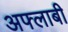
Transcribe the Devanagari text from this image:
अफ्लाबी